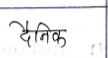
मजकूर: दैनिक